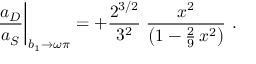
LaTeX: { \frac { a _ { D } } { a _ { S } } } \bigg | _ { b _ { 1 } \to \omega \pi } = + { \frac { 2 ^ { 3 / 2 } } { 3 ^ { 2 } } } \; { \frac { x ^ { 2 } } { \big ( 1 - { \frac { 2 } { 9 } } \, x ^ { 2 } \big ) } } \ .